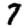
Digit: 7